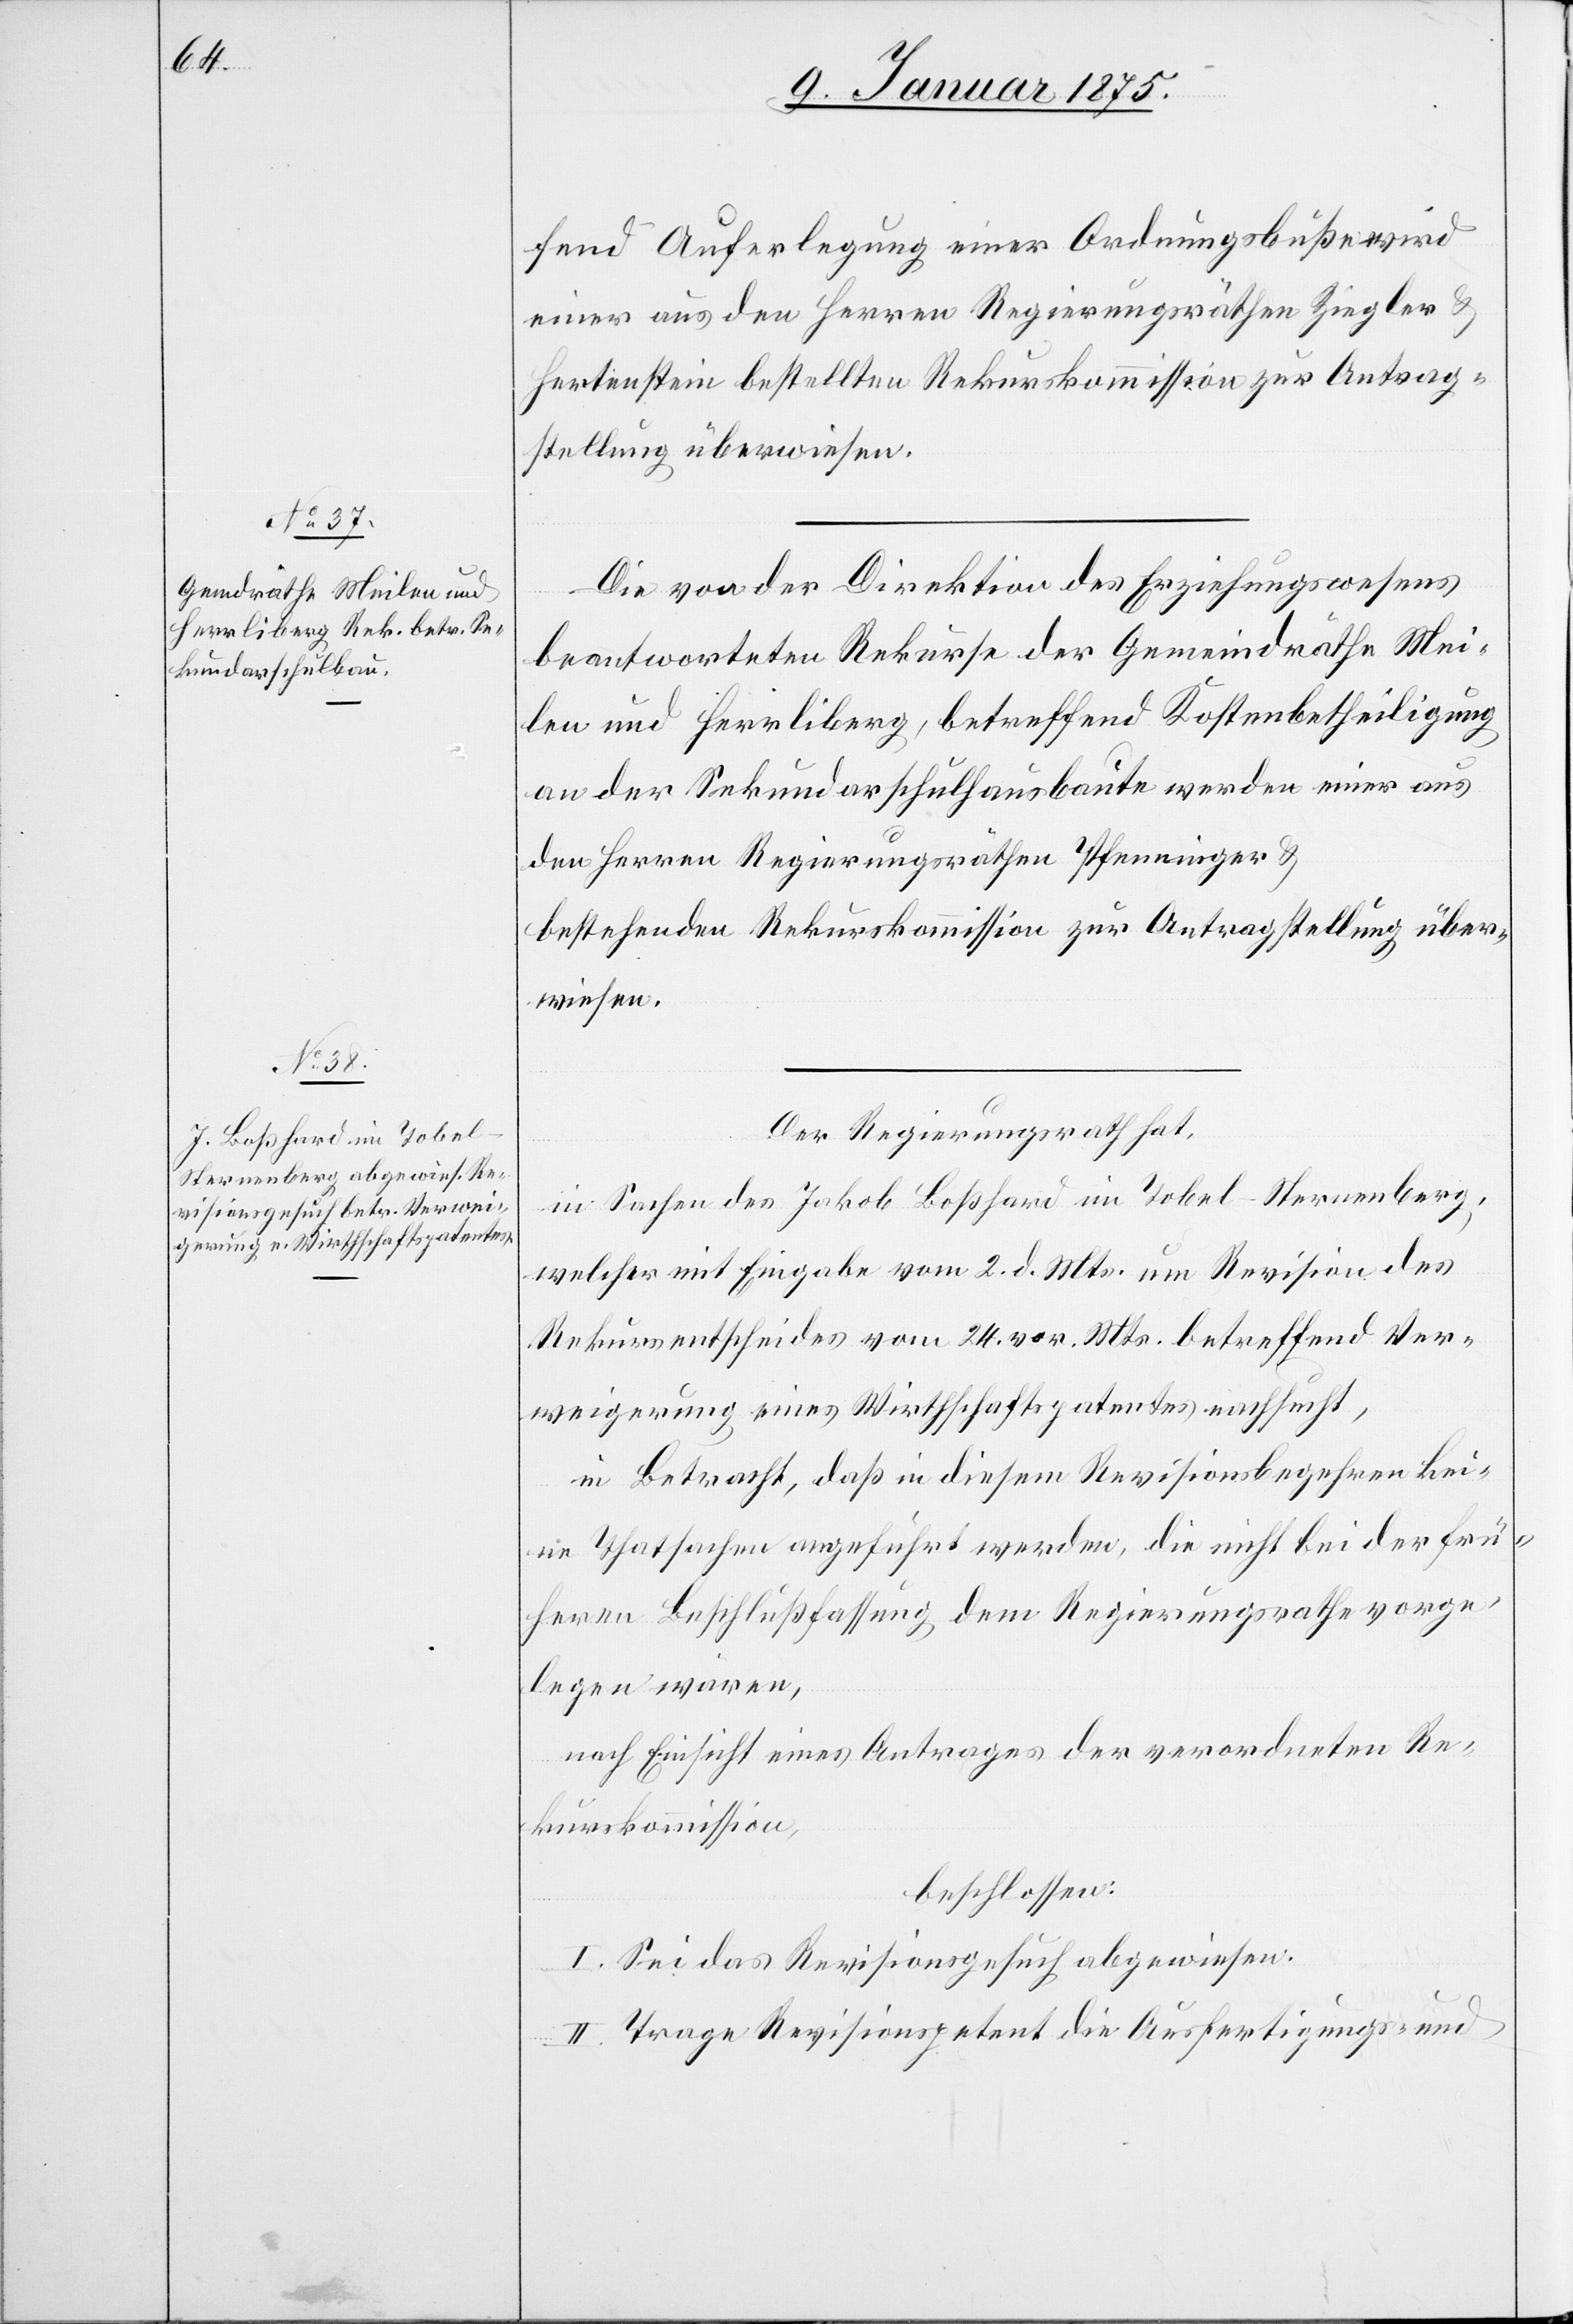
fend Auferlegung einer Ordnungsbuße wird
einer aus den Herren Regierungsräthen Ziegler &
Hertenstein bestellten Rekurskommission zur Antrag¬
stellung überwiesen.
Die von der Direktion des Erziehungswesens
beantworteten Rekurse der Gemeindräthe Mei¬
len und Herrliberg, betreffend Kostenbetheiligung
an der Sekundarschulhausbaute werden einer aus
den Herren Regierungsräthen Pfenninger & …
bestehenden Rekurskommission zur Antragstellung über¬
wiesen.
Der Regierungsrath hat,
in Sachen des Jakob Boßhard im Tobel - Sternenberg,
welcher mit Eingabe vom 2. d. Mts. um Revision des
Rekursentscheides vom 24. vor. Mts. betreffend Ver¬
weigerung eines Wirthschaftspatentes nachsucht,
in Betracht, daß in diesem Revisionsbegehren kei¬
ne Thatsachen angeführt werden, die nicht bei der frü¬
heren Beschlußfassung dem Regierungsrathe vorge¬
legen wären,
nach Einsicht eines Antrages der verordneten Re¬
kurskommission,
beschlossen:
I. Sei das Revisionsgesuch abgewiesen.
II. Trage Revisionspetent die Ausfertigungs- und